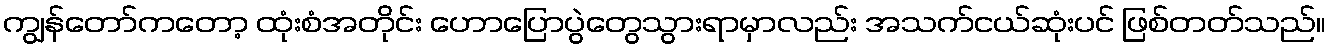
ကျွန်တော်ကတော့ ထုံးစံအတိုင်း ဟောပြောပွဲတွေသွားရာမှာလည်း အသက်ငယ်ဆုံးပင် ဖြစ်တတ်သည်။